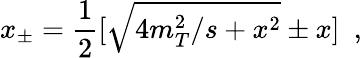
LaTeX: x_{\pm}=\frac{1}{2}[\sqrt{4m_{T}^{2}/s+x^{2}}\pm{x}]\ \ ,